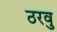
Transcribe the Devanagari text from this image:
ठरवु